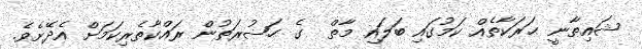
ޝައިޠާނީ ޙަރަކާތެއް ކަމުގައި ބަލައި މާތް  ގެ ޙަޟުރަތުން ރައްކާތެރިކަމަށް އެދޭށެވެ.